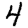
Digit: 4